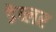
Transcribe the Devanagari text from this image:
डेव्लर